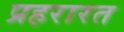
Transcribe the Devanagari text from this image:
प्रहरारत